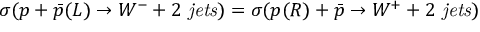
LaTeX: \sigma ( p + \bar { p } ( L ) \rightarrow W ^ { - } + 2 { \it ~ j e t s } ) = \sigma ( p ( R ) + \bar { p } \rightarrow W ^ { + } + 2 { \it ~ j e t s } )